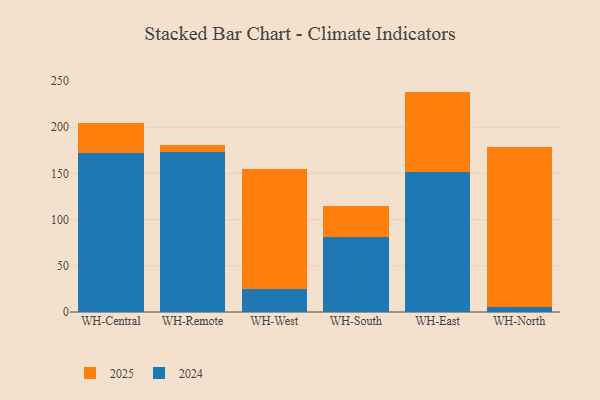
{"axis": {"x": "Warehouse", "y": "Churn Rate (%)"}, "legend": ["2024", "2025"], "data": [{"x": "WH-Central", "y": 32.2, "type": "2025"}, {"x": "WH-Central", "y": 172.3, "type": "2024"}, {"x": "WH-Remote", "y": 7.5, "type": "2025"}, {"x": "WH-Remote", "y": 173.6, "type": "2024"}, {"x": "WH-West", "y": 129.9, "type": "2025"}, {"x": "WH-West", "y": 24.6, "type": "2024"}, {"x": "WH-South", "y": 32.8, "type": "2025"}, {"x": "WH-South", "y": 81.6, "type": "2024"}, {"x": "WH-East", "y": 86.8, "type": "2025"}, {"x": "WH-East", "y": 151.7, "type": "2024"}, {"x": "WH-North", "y": 173.9, "type": "2025"}, {"x": "WH-North", "y": 5.0, "type": "2024"}]}